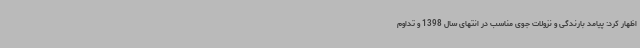
اظهار کرد: پیامد بارندگی و نزولات جوی مناسب در انتهای سال 1398 و تداوم